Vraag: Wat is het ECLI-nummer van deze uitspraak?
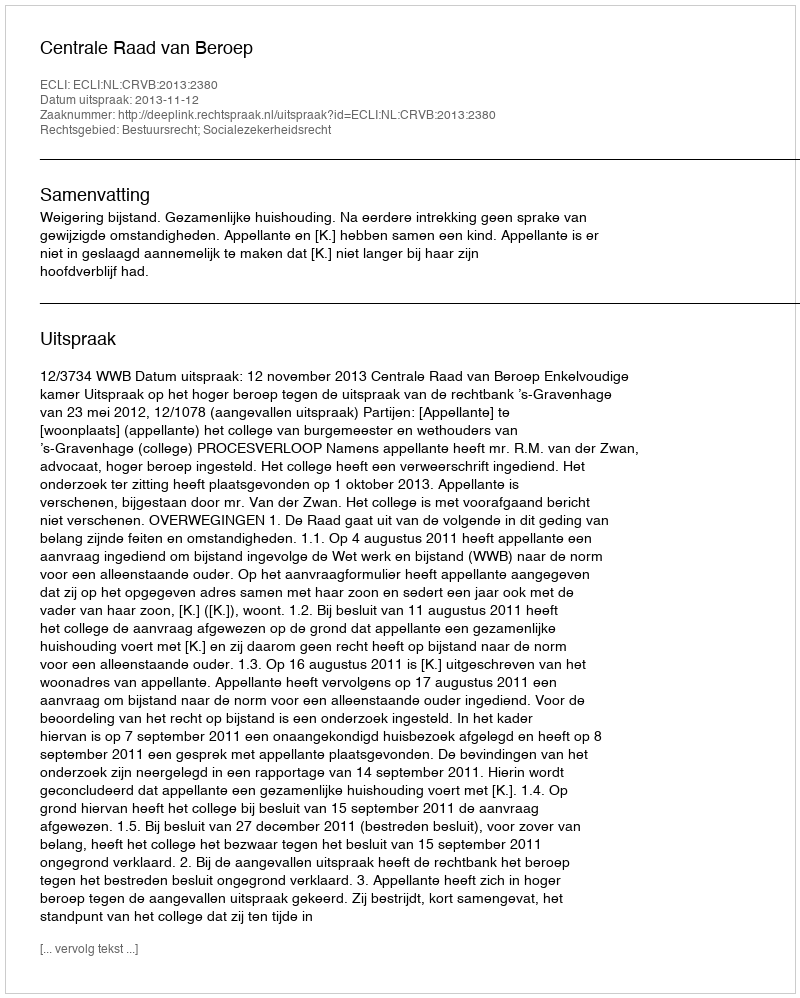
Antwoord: ECLI:NL:CRVB:2013:2380